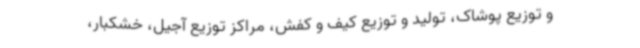
و توزیع پوشاک، تولید و توزیع کیف و کفش، مراکز توزیع آجیل، خشکبار،